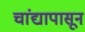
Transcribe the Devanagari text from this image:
चांद्यापासून